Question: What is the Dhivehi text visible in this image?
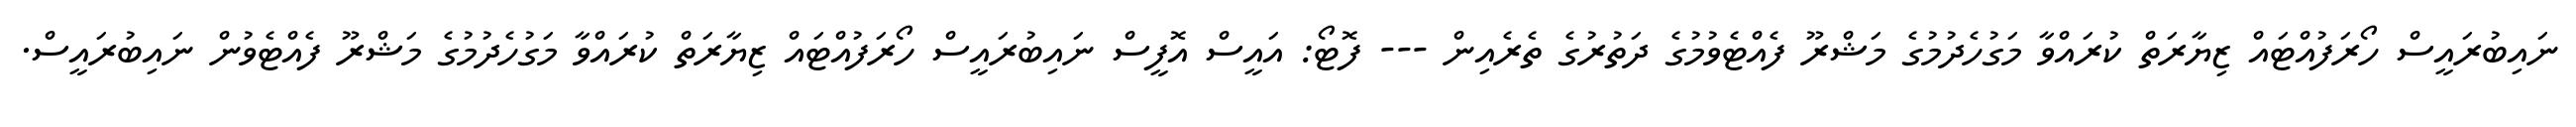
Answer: ނައިބުރައީސް ހޯރަފުއްޓައް ޒިޔާރަތް ކުރައްވާ މަގުހެދުމުގެ މަޝްރޫ ފެއްޓެވުމުގެ ދަތުރުގެ ތެރެއިން --- ފޮޓޯ: އައީސް އޮފީސް ނައިބުރައީސް ހޯރަފުއްޓައް ޒިޔާރަތް ކުރައްވާ މަގުހެދުމުގެ މަޝްރޫ ފެއްޓެވުން ނައިބުރައީސް.